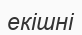
екішні